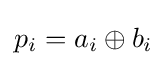
p_{i}=a_{i}\oplus b_{i}